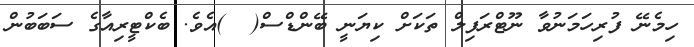
ހިމެނޭ ފުރިހަމަނުވާ ނޫޓްރަފިލް ތަކަށް ކިޔަނީ ބޭންޑްސް(  )އެވެ. ބެކްޓީރިއާގެ ސަބަބުން